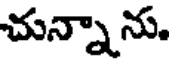
చున్నాను.